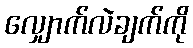
လျှောက်လဲချက်ကို